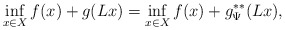
\begin{align*}\inf_{x\in X} f(x) + g(Lx) =\inf_{x\in X} f(x) + g^{**}_\Psi (Lx),\end{align*}